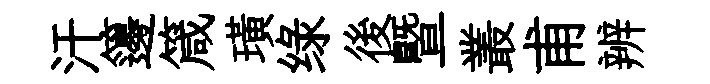
汗籩箴璜绿後曁叢甫辨